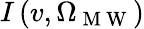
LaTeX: I\left(v,\Omega_{\mathrm{~M~W~}}\right)